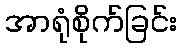
အာရုံစိုက်ခြင်း